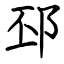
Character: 邳